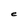
Character: e